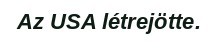
Az USA létrejötte.